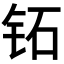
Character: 𬬷